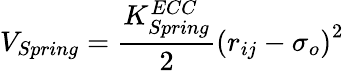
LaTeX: V_{Spring}=\frac{K_{Spring}^{ECC}}{2}\left(r_{ij}-\sigma_{o}\right)^{2}